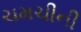
ચમચીની